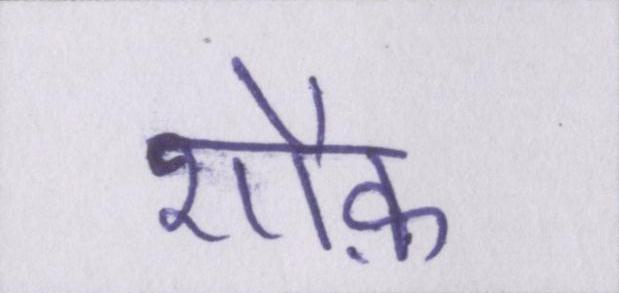
शौक़